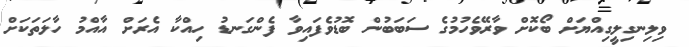
ވިލިނގިލީގިއްޔަށް ބޯކޮށް ވާރޭވެހުމުގެ ސަބަބުން ބޮޑުވެފައިވާ ފެންގަނޑު ހިއްކާ އެރަށް އާއްމު ހާލަތަކަށް